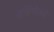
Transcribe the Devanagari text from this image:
दक्षिणेतले